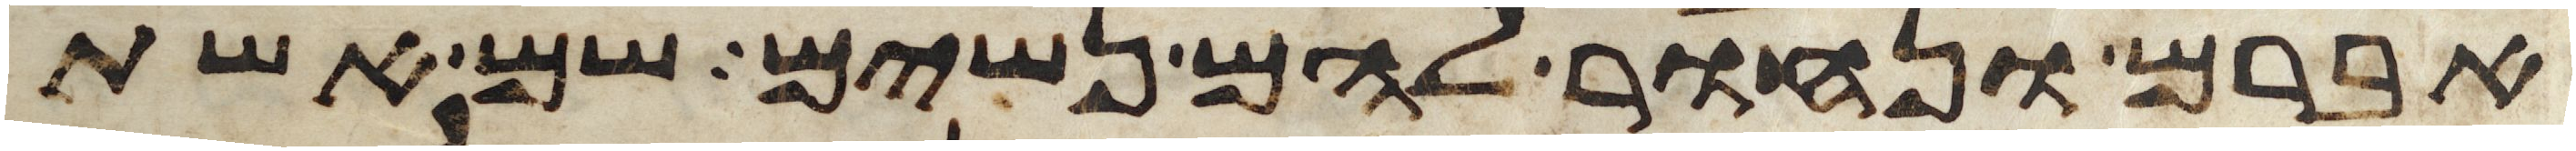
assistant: אברם ונחור להם נשים שם אשת